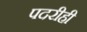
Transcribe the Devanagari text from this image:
पदरीही